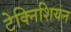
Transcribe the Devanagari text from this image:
टेक्निशियन